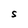
Character: S